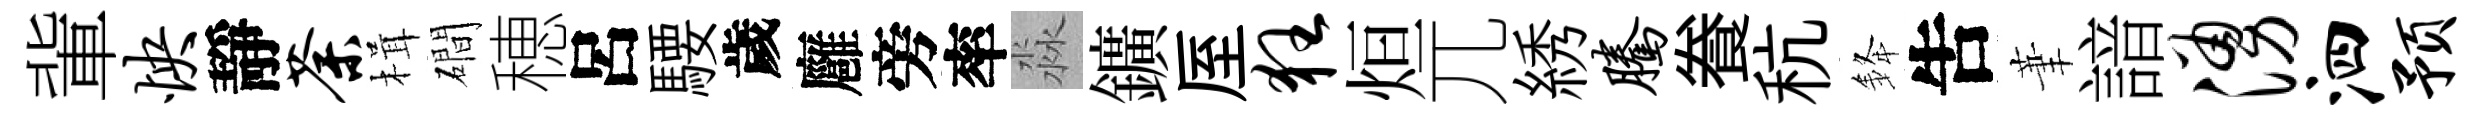
軰怏靜荼楫磵穂呂騕歲廱旁率淼鑛厔狂烜兀綉腾飬秔𨦟吿茟諳涌泗预